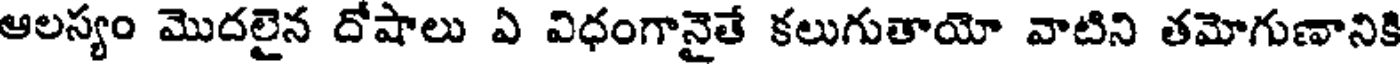
ఆలస్యం మొదలైన దోషాలు ఏ విధంగానైతే కలుగుతాయో వాటిని తమోగుణానికి